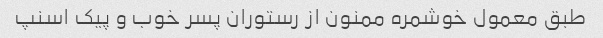
طبق معمول خوشمره ممنون از رستوران پسر خوب و پیک اسنپ